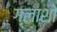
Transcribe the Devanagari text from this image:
ग्लाशो